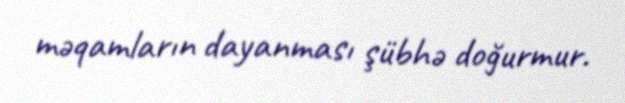
məqamların dayanması şübhə doğurmur.